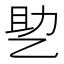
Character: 𰁂